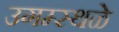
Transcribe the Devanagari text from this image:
उगम्स्थळे